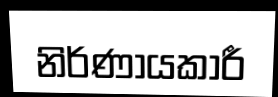
නිර්ණායකාරී